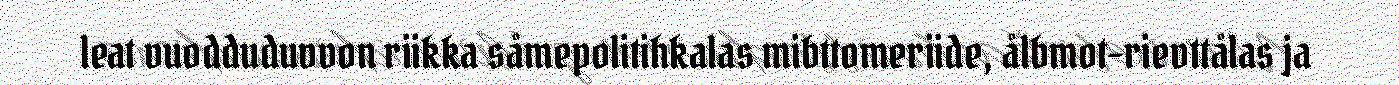
leat vuodduduvvon riikka såmepolitihkalas mibttomeriide, ålbmot-rievttålas ja